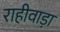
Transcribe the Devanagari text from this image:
राहीवाड़ा